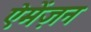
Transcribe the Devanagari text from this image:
ऐमेंज़न